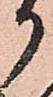
御